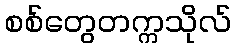
စစ်တွေတက္ကသိုလ်